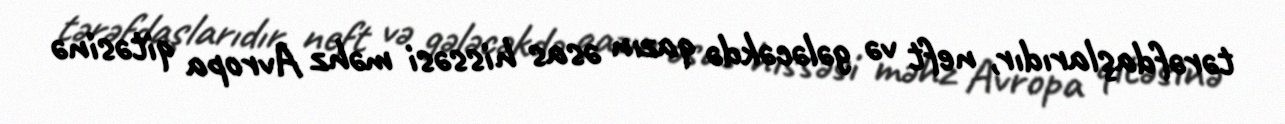
tərəfdaşlarıdır, neft və gələcəkdə qazın əsas hissəsi məhz Avropa qitəsinə